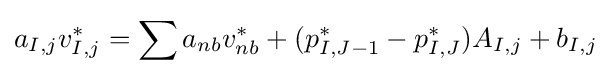
a_{I,j}v_{I,j}^{*}=\sum a_{nb}v_{nb}^{*}+(p_{I,J-1}^{*}-p_{I,J}^{*})A_{I,j}+b_{I,j}